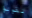
تقولوا